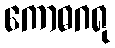
ကောဓဂရု